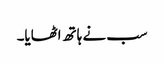
سب نے ہاتھ اٹھایا۔